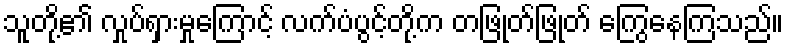
သူတို့၏ လှုပ်ရှားမှုကြောင့် လက်ပံပွင့်တို့က တဖြုတ်ဖြုတ် ကြွေနေကြသည်။